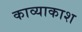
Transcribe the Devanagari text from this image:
काव्याकाश